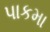
પાકમા